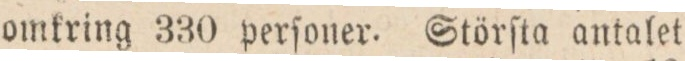
omkring 330 perſoner. Störſta antalet